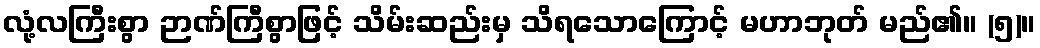
လုံ့လကြီးစွာ ဉာဏ်ကြီစွာဖြင့် သိမ်းဆည်းမှ သိရသောကြောင့် မဟာဘုတ် မည်၏။ (၅)။